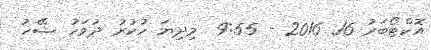
އޮކްޓޯބަރު 16